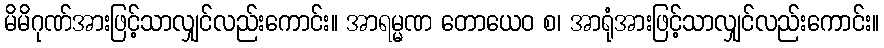
မိမိဂုဏ်အားဖြင့်သာလျှင်လည်းကောင်း။ အာရမ္မဏ တောယေဝ စ၊ အာရုံအားဖြင့်သာလျှင်လည်းကောင်း။